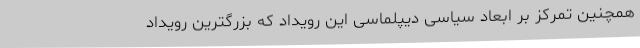
همچنین تمرکز بر ابعاد سیاسی دیپلماسی این رویداد که بزرگترین رویداد